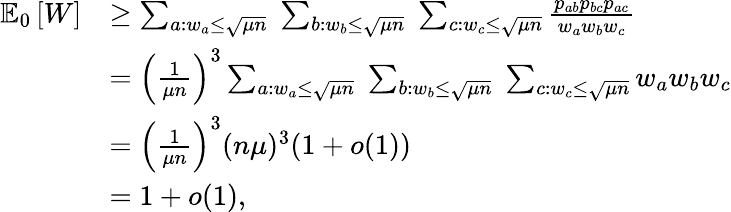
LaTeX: \begin{array}{rl}{\mathbb{E}_{0}\left[W\right]}&{\geq\sum_{a:w_{a}\leq\sqrt{\mu n}}\; \sum_{b:w_{b}\leq\sqrt{\mu n}}\; \sum_{c:w_{c}\leq\sqrt{\mu n}}\frac{p_{ab}p_{bc}p_{ac}}{w_{a}w_{b}w_{c}}}\\ &{=\left(\frac{1}{\mu n}\right)^{3}\sum_{a:w_{a}\leq\sqrt{\mu n}}\; \sum_{b:w_{b}\leq\sqrt{\mu n}}\; \sum_{c:w_{c}\leq\sqrt{\mu n}}w_{a}w_{b}w_{c}}\\ &{=\left(\frac{1}{\mu n}\right)^{3}(n\mu)^{3}(1+o(1))}\\ &{=1+o(1),}\end{array}